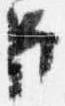
臣